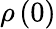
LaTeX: \rho\left(0\right)